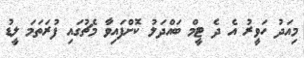
މިއަދު ހަވީރު އެ ދެ ޓީމް ބައްދަލު ކޮށްފައިވާ މެޗުގައި ފުރަތަމަ ލީޑު